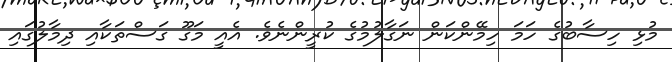
މުޅި ހިސާބުގެ ހަމަ ހިމޭންކަން ނަގާލުމުގެ ކުރީންނެވެ. އެއީ މަގޫ ގަސްތަކާއި ދިމާލުގައި